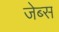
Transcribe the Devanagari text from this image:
जेब्स